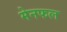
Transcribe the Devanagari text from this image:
मेनफल